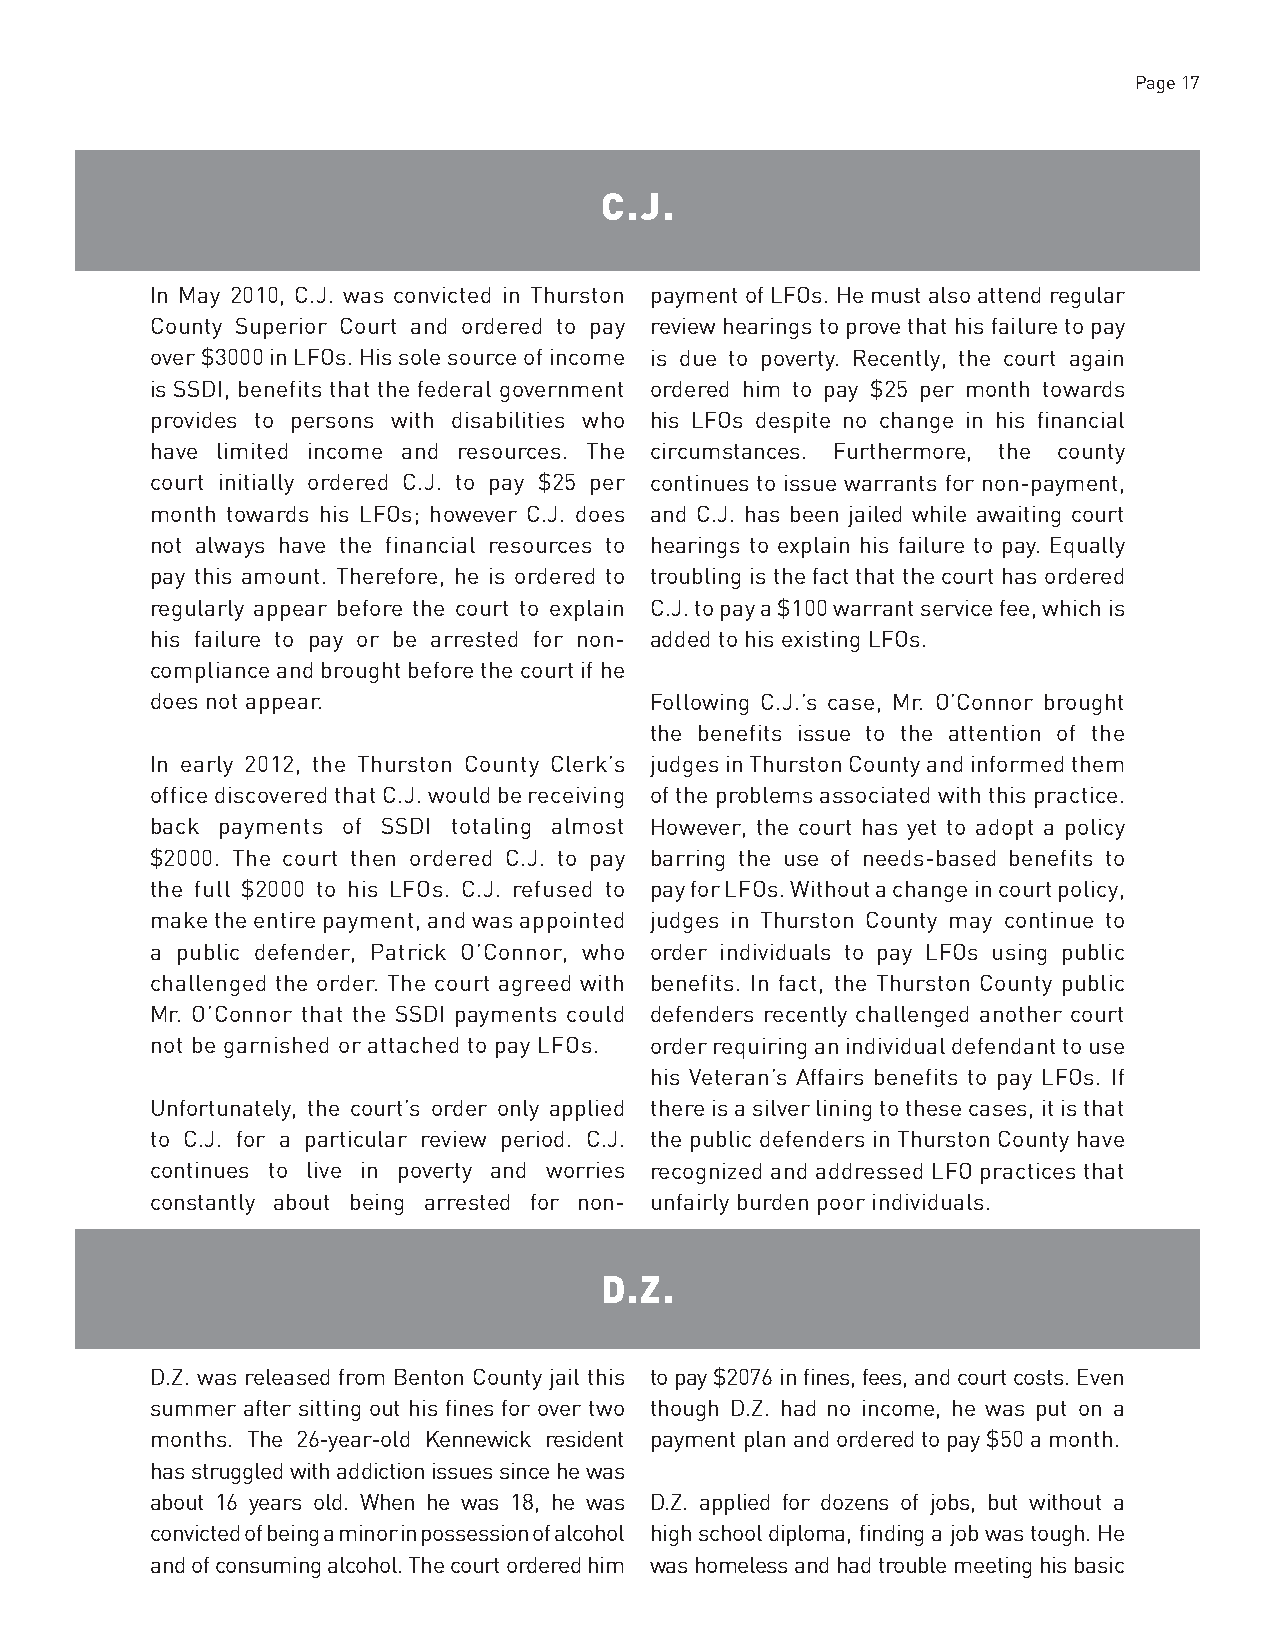
Page 17
 C.J.
 In May 2010, C.J. was convicted in Thurston payment of LFOs. He must also attend regular
 County Superior Court and ordered to pay review hearings to prove that his failure to pay
 over $3000 in LFOs. His sole source of income is due to poverty. Recently, the court again
 is SSDI, benefits that the federal government ordered him to pay $25 per month towards
 provides to persons with disabilities who his LFOs despite no change in his financial
 have limited income and resources. The circumstances. Furthermore, the county
 court initially ordered C.J. to pay $25 per continues to issue warrants for non-payment,
 month towards his LFOs; however C.J. does and C.J. has been jailed while awaiting court
 not always have the financial resources to hearings to explain his failure to pay. Equally
 pay this amount. Therefore, he is ordered to troubling is the fact that the court has ordered
 regularly appear before the court to explain C.J. to pay a $100 warrant service fee, which is
 his failure to pay or be arrested for non- added to his existing LFOs.
 compliance and brought before the court if he
 does not appear.                 Following C.J.’s case, Mr. O’Connor brought
 the benefits issue to the attention of the
 In early 2012, the Thurston County Clerk’s judges in Thurston County and informed them
 office discovered that C.J. would be receiving of the problems associated with this practice.
 back payments of SSDI totaling almost However, the court has yet to adopt a policy
 $2000. The court then ordered C.J. to pay barring the use of needs-based benefits to
 the full $2000 to his LFOs. C.J. refused to pay for LFOs. Without a change in court policy,
 make the entire payment, and was appointed judges in Thurston County may continue to
 a public defender, Patrick O’Connor, who order individuals to pay LFOs using public
 challenged the order. The court agreed with benefits. In fact, the Thurston County public
 Mr. O’Connor that the SSDI payments could defenders recently challenged another court
 not be garnished or attached to pay LFOs. order requiring an individual defendant to use
 his Veteran’s Affairs benefits to pay LFOs. If
 Unfortunately, the court’s order only applied there is a silver lining to these cases, it is that
 to C.J. for a particular review period. C.J. the public defenders in Thurston County have
 continues to live in poverty and worries recognized and addressed LFO practices that
 constantly about being arrested for non- unfairly burden poor individuals.
 D.Z.
 D.Z. was released from Benton County jail this to pay $2076 in fines, fees, and court costs. Even
 summer after sitting out his fines for over two though D.Z. had no income, he was put on a
 months. The 26-year-old Kennewick resident payment plan and ordered to pay $50 a month.
 has struggled with addiction issues since he was
 about 16 years old. When he was 18, he was D.Z. applied for dozens of jobs, but without a
 convicted of being a minor in possession of alcohol high school diploma, finding a job was tough. He
 and of consuming alcohol. The court ordered him was homeless and had trouble meeting his basic